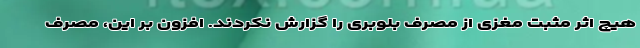
هیچ اثر مثبت مغزی از مصرف بلوبری را گزارش نکردند. افزون بر این، مصرف